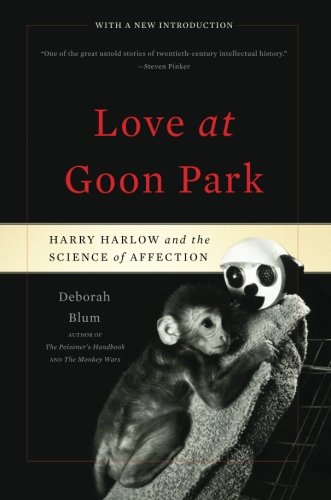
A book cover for Love at Goon Park: Harry Harlow and the Science of Affection; Deborah Blum; Medical Books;